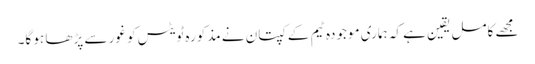
مجھے کامل یقین ہے کہ ہماری موجودہ ٹیم کے کپتان نے مذکورہ ٹویٹس کو غور سے پڑھا ہو گا۔